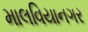
માલવિયાનગર